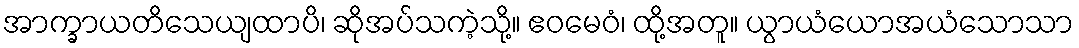
အာက္ခာယတိသေယျထာပိ၊ ဆိုအပ်သကဲ့သို့။ ဧဝမေဝံ၊ ထို့အတူ။ ယွာယံယောအယံသောသာ